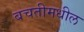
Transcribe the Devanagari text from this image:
बचतीमधील